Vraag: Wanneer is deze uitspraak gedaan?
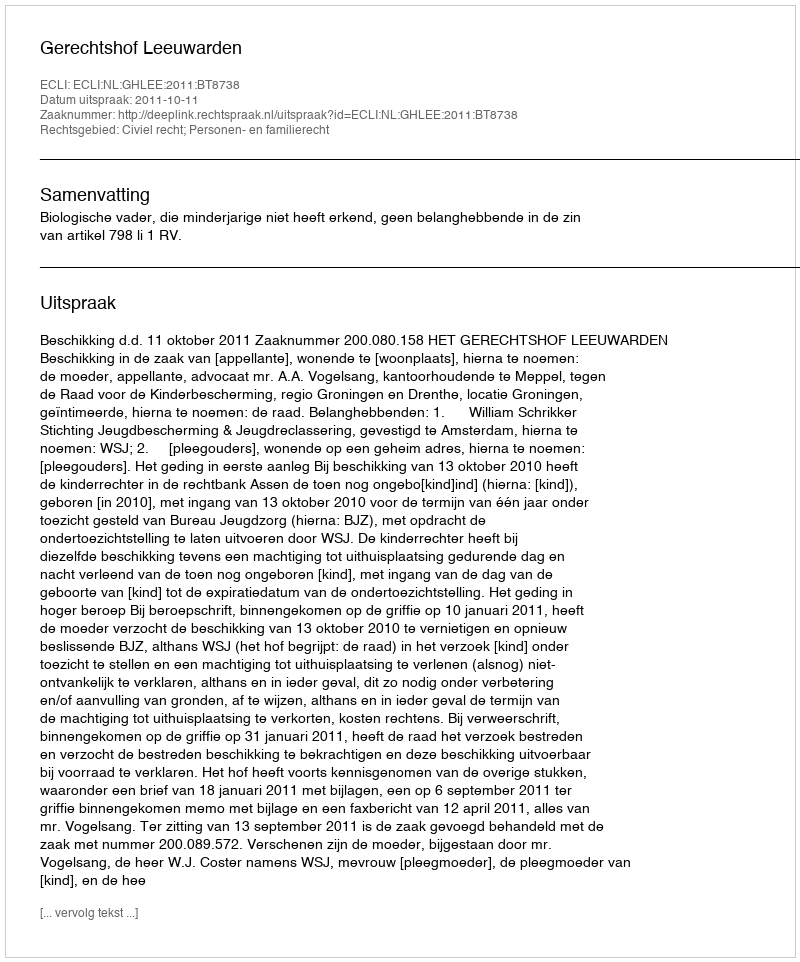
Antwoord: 2011-10-11